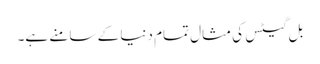
بل گیٹس کی مثال تمام دنیا کے سامنے ہے۔